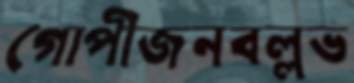
গোপীজনবল্লভ